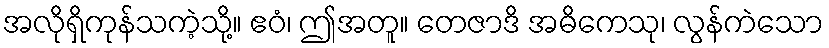
အလိုရှိကုန်သကဲ့သို့။ ဧဝံ၊ ဤအတူ။ တေဇာဒိ အဓိကေသု၊ လွန်ကဲသော